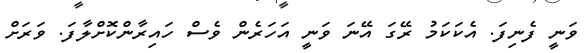
ވަނީ ފެނިފަ. އެކަކަމު ރޭގަ އޭނަ ވަނީ އަހަރެން ވެސް ހައިރާންކޮށްލާފަ. ވަރަށް